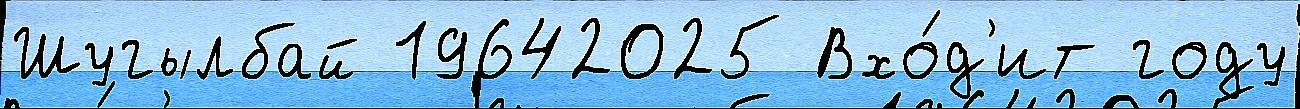
Шугылбай 19642025 Вхо́д'ит году